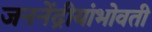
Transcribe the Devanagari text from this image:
जननेंद्रीयांभोवती